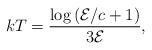
LaTeX: \begin{align*}kT= \frac{\log\left(\mathcal{E}/{c}+1\right)}{3 \mathcal{E}},\end{align*}